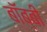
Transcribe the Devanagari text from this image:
बॉब्बी